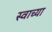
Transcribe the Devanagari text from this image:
स्वाच्या